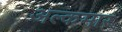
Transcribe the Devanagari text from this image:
अल्कमार